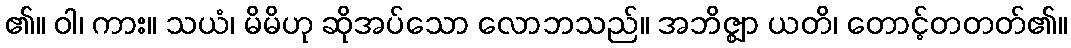
၏။ ဝါ၊ ကား။ သယံ၊ မိမိဟု ဆိုအပ်သော လောဘသည်။ အဘိဇ္ဈာ ယတိ၊ တောင့်တတတ်၏။